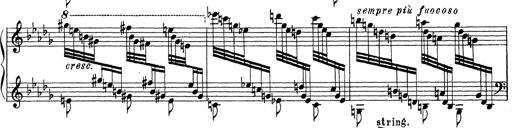
Title: Ballade No.1
Composer: Richard St. Clair